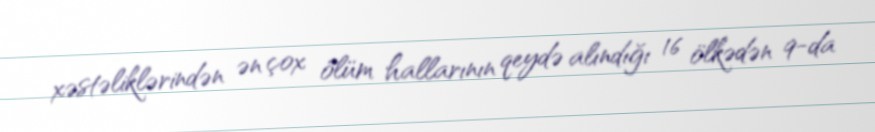
xəstəliklərindən ən çox ölüm hallarının qeydə alındığı 16 ölkədən 9-da